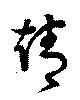
靖